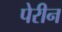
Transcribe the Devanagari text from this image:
पेरीन